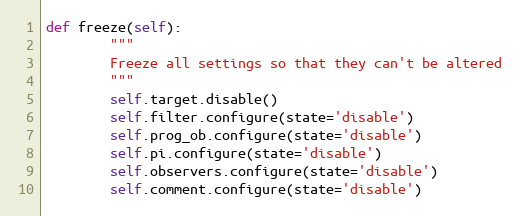
Language: Python
def freeze(self):
        """
        Freeze all settings so that they can't be altered
        """
        self.target.disable()
        self.filter.configure(state='disable')
        self.prog_ob.configure(state='disable')
        self.pi.configure(state='disable')
        self.observers.configure(state='disable')
        self.comment.configure(state='disable')